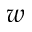
w